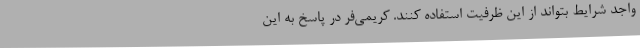
واجد شرایط بتواند از این ظرفیت استفاده کنند. کریمی‌فر در پاسخ به این